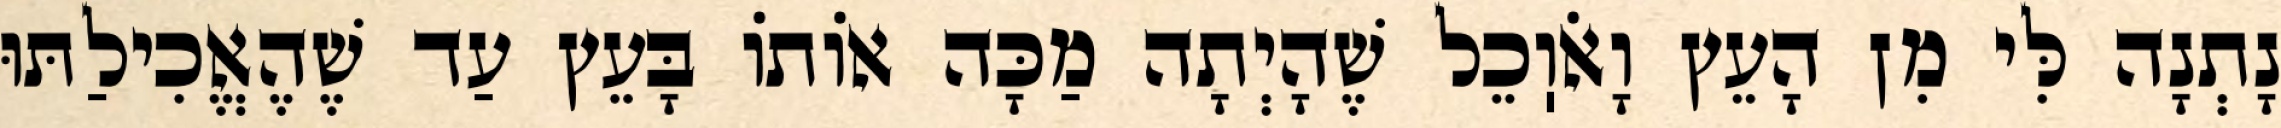
נָתְנָה לִּי מִן הָעֵץ וָאֹוֽכֵל שֶׁהָיְתָה מַכָּה אוֹתוֹ בָּעֵץ עַד שֶׁהֶאֱכִילַתּוּ